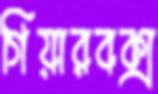
গিয়ারবক্স